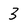
Character: 3